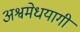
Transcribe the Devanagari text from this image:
अश्वमेधयागी